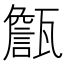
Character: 甔